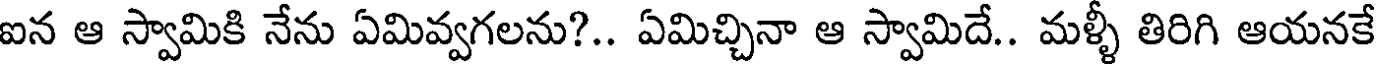
ఐన ఆ స్వామికి నేను ఏమివ్వగలను?.. ఏమిచ్చినా ఆ స్వామిదే.. మళ్ళీ తిరిగి ఆయనకే